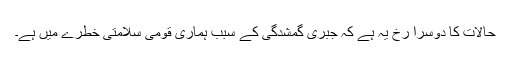
حالات کا دوسرا رخ یہ ہے کہ جبری گمشدگی کے سبب ہماری قومی سلامتی خطرے میں ہے۔